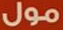
مول